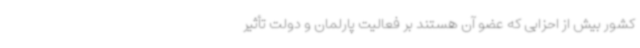
کشور بیش از احزابی که عضو آن هستند بر فعالیت پارلمان و دولت تأثیر